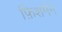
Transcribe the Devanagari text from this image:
फ़िशमैन